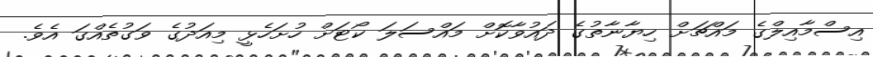
އިސްމާއިލްގެ މައްޗަށް ހިޔާނާތުގެ ދައުވާކޮށް މައްސަލަ ކޯޓަށް ހުށަހެޅީ މިއަދުގެ ވަގުތެއްގަ އެވެ.